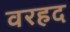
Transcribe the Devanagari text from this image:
वरहद